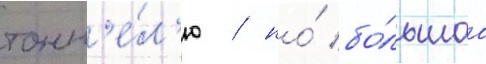
тонн'е́л'ю / но́ бо́льшаа